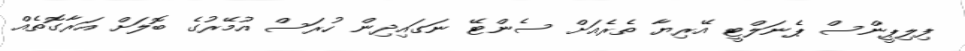
ފިލިޕީންސް ޕެނަލްޓީ އޭރިޔާ ތެރެއަށް ސެންޓޭ ނަގައިދިން ހުރަސް އުމޭރުގެ ބޮލަށް އަރާގޮތެއް